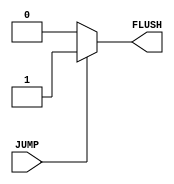
module JUMP_HAZZARDS(
    JUMP,
    FLUSH
);

    input JUMP;             // Input signal indicating a jump instruction
    output reg FLUSH;       // Output signal to initiate pipeline flush

    always @(*) begin
        if (JUMP) begin
            FLUSH = 1'b1;  // If jump instruction is detected, set flush signal to high
        end
        else begin
            FLUSH = 1'b0;  // Otherwise, keep flush signal low
        end
    end
    
endmodule